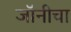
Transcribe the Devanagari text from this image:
जॉनीचा